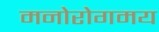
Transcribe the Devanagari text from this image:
मनोरोगमय